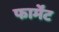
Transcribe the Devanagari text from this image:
फार्मेंट